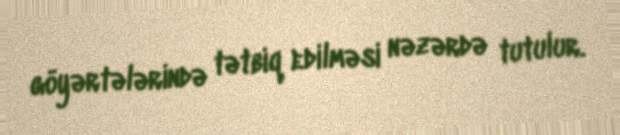
göyərtələrində tətbiq edilməsi nəzərdə tutulur.